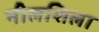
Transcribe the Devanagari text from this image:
नीलशिला